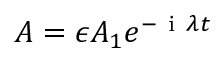
A = \epsilon A _ { 1 } e ^ { - \mathrm { ~ i ~ } \lambda t }